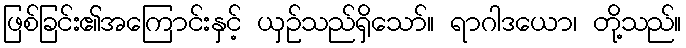
ဖြစ်ခြင်း၏အကြောင်းနှင့် ယှဉ်သည်ရှိသော်။ ရာဂါဒယော၊ တို့သည်။